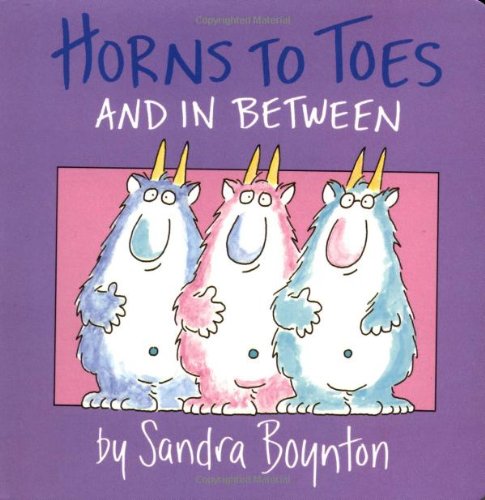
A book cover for Horns to Toes and in Between; Sandra Boynton; Children's Books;